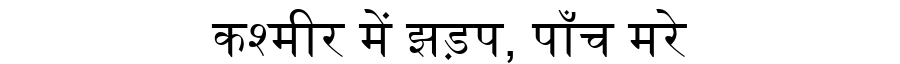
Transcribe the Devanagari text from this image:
कश्मीर में झड़प, पाँच मरे